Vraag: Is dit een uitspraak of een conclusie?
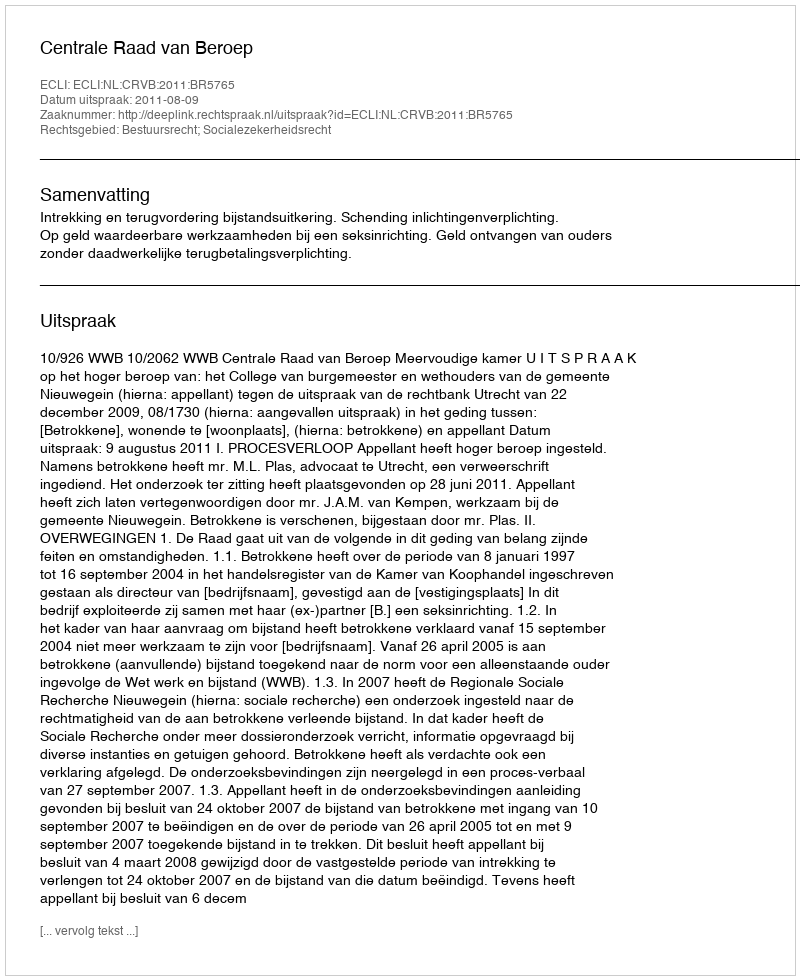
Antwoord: Uitspraak